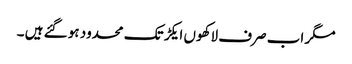
مگر اب صرف لاکھوں ایکڑ تک محدود ہو گئے ہیں ۔